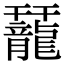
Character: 䶬